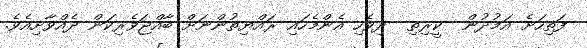
ފަތިހަށެ އަމުދުން  ކީރިތި  ދިވެހި އެންމެހައި ރައްޔިތުންނަށް ބާއްޖަވެރިކަން ދެއްވާށިއެވެ.